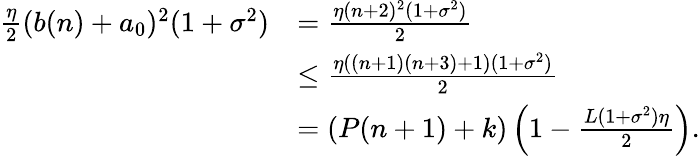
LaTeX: \begin{array}{rl}{\frac{\eta}{2}(b(n)+a_{0})^{2}(1+\sigma^{2})}&{=\frac{\eta(n+2)^{2}(1+\sigma^{2})}{2}}\\ &{\leq\frac{\eta((n+1)(n+3)+1)(1+\sigma^{2})}{2}}\\ &{=(P(n+1)+k)\left(1-\frac{L(1+\sigma^{2})\eta}2\right).}\end{array}